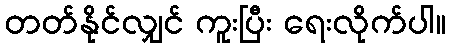
တတ်နိုင်လျှင် ကူးပြီး ရေးလိုက်ပါ။